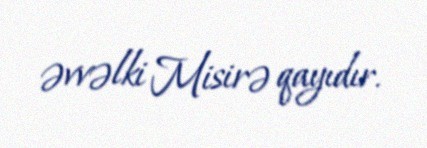
əvvəlki Misirə qayıdır.